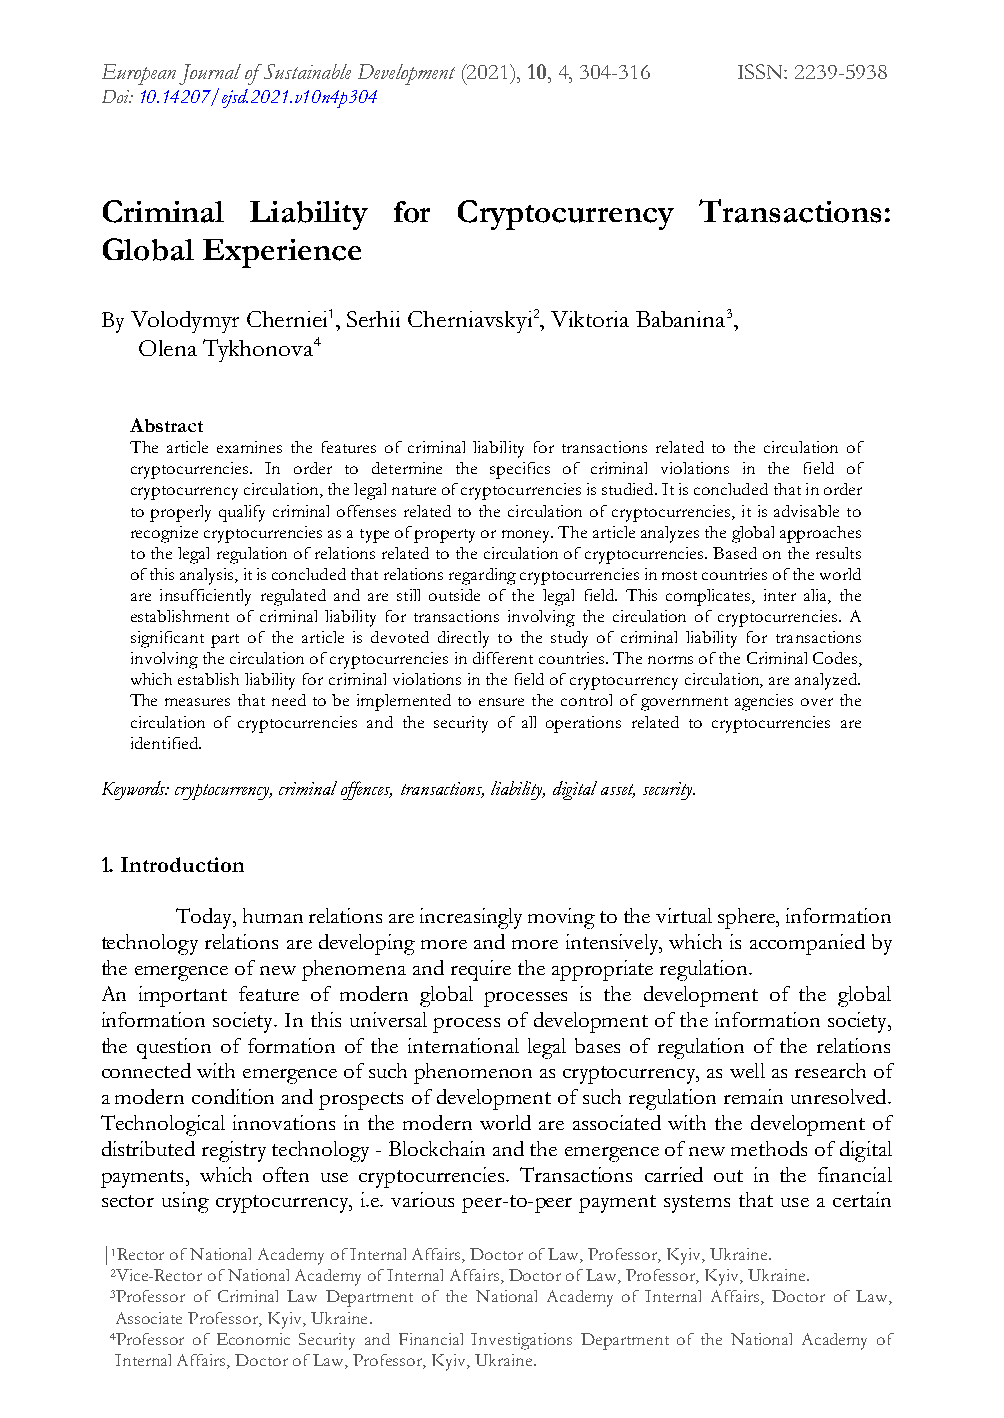
European Journal of Sustainable Development (2021), 10, 4, 304-316 ISSN: 2239-5938
 Doi: 10.14207/ejsd.2021.v10n4p304
 Criminal Liability for Cryptocurrency  Transactions:
 Global Experience
 By Volodymyr Cherniei1, Serhii Cherniavskyi2, Viktoria Babanina3,
 Оlena Tykhonova4
 Abstract
 The article examines the features of criminal liability for transactions related to the circulation of
 cryptocurrencies. In order to determine the specifics of criminal violations in the field of
 cryptocurrency circulation, the legal nature of cryptocurrencies is studied. It is concluded that in order
 to properly qualify criminal offenses related to the circulation of cryptocurrencies, it is advisable to
 recognize cryptocurrencies as a type of property or money. The article analyzes the global approaches
 to the legal regulation of relations related to the circulation of cryptocurrencies. Based on the results
 of this analysis, it is concluded that relations regarding cryptocurrencies in most countries of the world
 are insufficiently regulated and are still outside of the legal field. This complicates, inter alia, the
 establishment of criminal liability for transactions involving the circulation of cryptocurrencies. A
 significant part of the article is devoted directly to the study of criminal liability for transactions
 involving the circulation of cryptocurrencies in different countries. The norms of the Criminal Codes,
 which establish liability for criminal violations in the field of cryptocurrency circulation, are analyzed.
 The measures that need to be implemented to ensure the control of government agencies over the
 circulation of cryptocurrencies and the security of all operations related to cryptocurrencies are
 identified.
 Keywords: cryptocurrency, criminal offences, transactions, liability, digital asset, security.
 1. Introduction
 Today, human relations are increasingly moving to the virtual sphere, information
 technology relations are developing more and more intensively, which is accompanied by
 the emergence of new phenomena and require the appropriate regulation.
 An important feature of modern global processes is the development of the global
 information society. In this universal process of development of the information society,
 the question of formation of the international legal bases of regulation of the relations
 connected with emergence of such phenomenon as cryptocurrency, as well as research of
 a modern condition and prospects of development of such regulation remain unresolved.
 Technological innovations in the modern world are associated with the development of
 distributed registry technology - Blockchain and the emergence of new methods of digital
 payments, which often use cryptocurrencies. Transactions carried out in the financial
 sector using cryptocurrency, i.e. various peer-to-peer payment systems that use a certain
 |1Rector of National Academy of Internal Affairs, Doctor of Law, Professor, Kyiv, Ukraine.
 2Vice-Rector of National Academy of Internal Affairs, Doctor of Law, Professor, Kyiv, Ukraine.
 3Professor of Criminal Law Department of the National Academy of Internal Affairs, Doctor of Law,
 Associate Professor, Kyiv, Ukraine.
 4Professor of Economic Security and Financial Investigations Department of the National Academy of
 Internal Affairs, Doctor of Law, Professor, Kyiv, Ukraine.